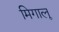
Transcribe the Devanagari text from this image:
मिगालू